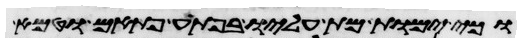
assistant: וכי ימות מת עליו בפתע פתאם וטמא